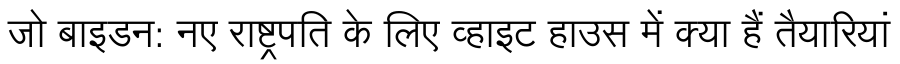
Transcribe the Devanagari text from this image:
जो बाइडन: नए राष्ट्रपति के लिए व्हाइट हाउस में क्या हैं तैयारियां